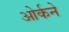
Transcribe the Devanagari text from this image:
ओर्कने